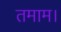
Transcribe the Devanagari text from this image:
तमाम।